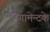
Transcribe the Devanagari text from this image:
लिगामेन्टके